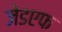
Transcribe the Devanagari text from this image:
जेडएफ